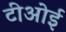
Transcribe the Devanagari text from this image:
टीओई